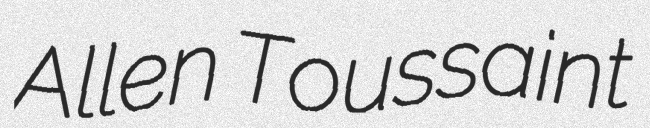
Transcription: Allen Toussaint